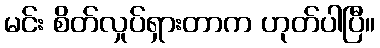
မင်း စိတ်လှုပ်ရှားတာက ဟုတ်ပါပြီ။